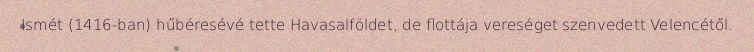
Ismét (1416-ban) hűbéresévé tette Havasalföldet, de flottája vereséget szenvedett Velencétől.